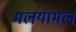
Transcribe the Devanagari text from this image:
मलयामल